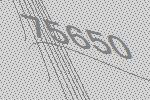
75650